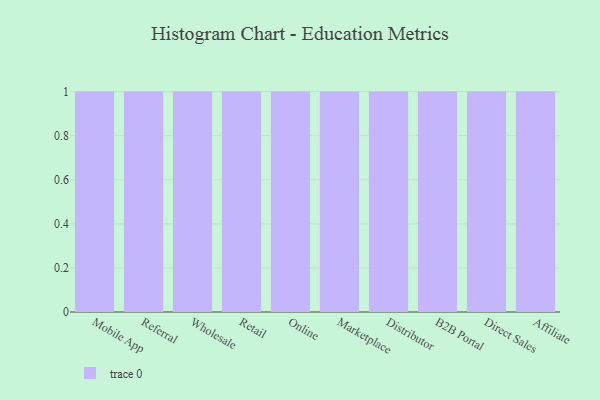
{"axis": {"x": "Channel", "y": "Churn Rate (%)"}, "legend": [""], "data": [{"x": "Mobile App", "y": 50, "type": ""}, {"x": "Referral", "y": 31, "type": ""}, {"x": "Wholesale", "y": 55, "type": ""}, {"x": "Retail", "y": 46, "type": ""}, {"x": "Online", "y": 89, "type": ""}, {"x": "Marketplace", "y": 50, "type": ""}, {"x": "Distributor", "y": 45, "type": ""}, {"x": "B2B Portal", "y": 9, "type": ""}, {"x": "Direct Sales", "y": 88, "type": ""}, {"x": "Affiliate", "y": 58, "type": ""}]}